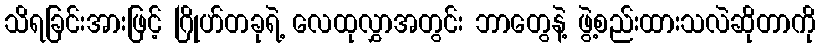
သိရခြင်းအားဖြင့် ဂြိုဟ်တခုရဲ့ လေထုလွှာအတွင်း ဘာတွေနဲ့ ဖွဲ့စည်းထားသလဲဆိုတာကို